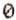
0